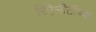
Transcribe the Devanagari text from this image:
रिऐलीटीच्या